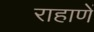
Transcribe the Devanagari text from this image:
राहाणें